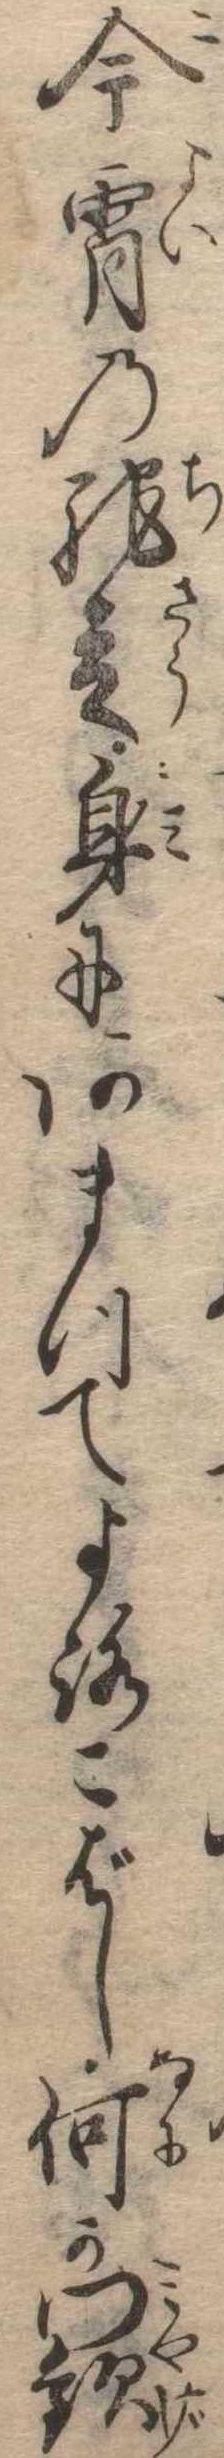
今宵の馳走身にあまつてよろこばし何か門歓